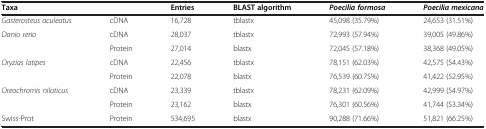
| Taxa |  | Entries | BLAST algorithm | Poecilia formosa | Poecilia mexicana |
 | --- | --- | --- | --- | --- | --- |
 | Gasterosteus aculeatus | cDNA | 16,728 | tblastx | 45,098 (35.79%) | 24,653 (31.51%) |
 | <ROWSPAN=2> Danio rerio | cDNA | 28,037 | tblastx | 72,993 (57.94%) | 39,005 (49.86%) |
 | Protein | 27,014 | blastx | 72,045 (57.18%) | 38,368 (49.05%) |
 | <ROWSPAN=2> Oryzias latipes | cDNA | 22,456 | tblastx | 78,151 (62.03%) | 42,575 (54.43%) |
 | Protein | 22,078 | blastx | 76,539 (60.75%) | 41,422 (52.95%) |
 | <ROWSPAN=2> Oreochromis niloticus | cDNA | 23,339 | tblastx | 78,231 (62.09%) | 42,999 (54.97%) |
 | Protein | 23,162 | blastx | 76,301 (60.56%) | 41,744 (53.34%) |
 | Swiss-Prot | Protein | 534,695 | blastx | 90,288 (71.66%) | 51,821 (66.25%) |